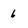
Character: 6